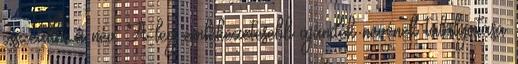
összeállni a név. A leg emlékezetesebb ajándék nevének találgatása